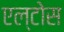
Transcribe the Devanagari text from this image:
एल्टोस